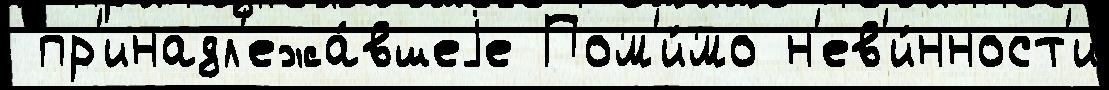
 пр'инадл'ежа́вшеjе Пом'и́мо н'ев'и́нност'и